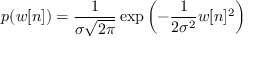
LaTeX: p ( w [ n ] ) = { \frac { 1 } { \sigma { \sqrt { 2 \pi } } } } \exp \left( - { \frac { 1 } { 2 \sigma ^ { 2 } } } w [ n ] ^ { 2 } \right)